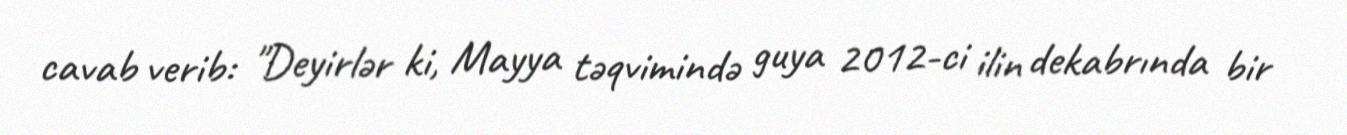
cavab verib: "Deyirlər ki, Mayya təqvimində guya 2012-ci ilin dekabrında bir